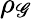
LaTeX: \rho_{\mathscr{G}}